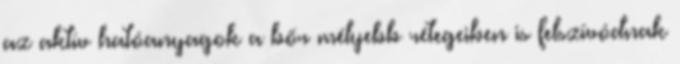
az aktív hatóanyagok a bőr mélyebb rétegeiben is felszívódnak